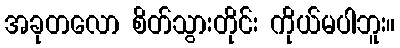
အခုတလော စိတ်သွားတိုင်း ကိုယ်မပါဘူး။